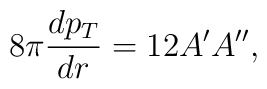
8\pi {dp_T \over dr} = 12A'A'',